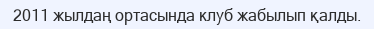
2011 жылдаң ортасында клуб жабылып қалды.